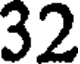
32